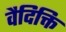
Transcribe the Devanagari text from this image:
वैदिक्ति